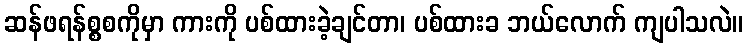
ဆန်ဖရန်စ္စစကိုမှာ ကားကို ပစ်ထားခဲ့ချင်တာ၊ ပစ်ထားခ ဘယ်လောက် ကျပါသလဲ။